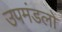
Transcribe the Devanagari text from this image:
उपमंडलों